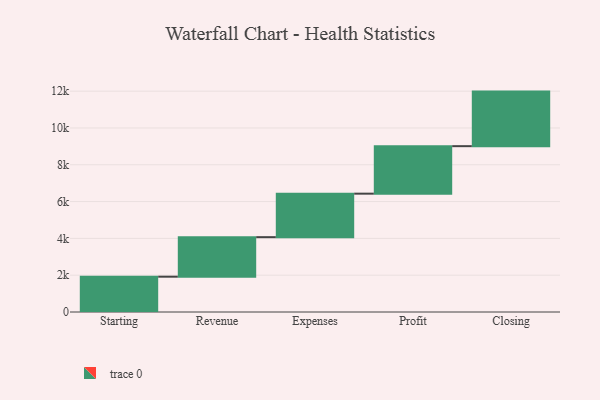
{"axis": {"x": "Step", "y": "Value"}, "legend": [""], "data": [{"x": "Starting", "y": 1919.0, "type": ""}, {"x": "Revenue", "y": 2148.0, "type": ""}, {"x": "Expenses", "y": 2364.0, "type": ""}, {"x": "Profit", "y": 2581.0, "type": ""}, {"x": "Closing", "y": 2965.0, "type": ""}]}